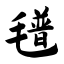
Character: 氆